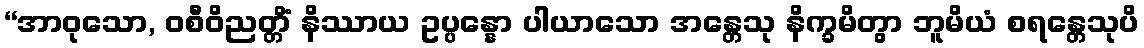
“အာဝုသော, ဝစီဝိညတ္တိံ နိဿာယ ဥပ္ပန္နော ပါယာသော အန္တေသု နိက္ခမိတွာ ဘူမိယံ စရန္တေသုပိ